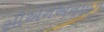
સીએનએનમની